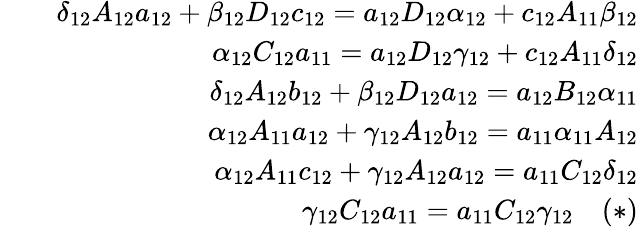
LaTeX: \begin{array}{rlr}&{}&{\delta_{12}A_{12}a_{12}+\beta_{12}D_{12}c_{12}=a_{12}D_{12}\alpha_{12}+c_{12}A_{11}\beta_{12}}\\ &{}&{\alpha_{12}C_{12}a_{11}=a_{12}D_{12}\gamma_{12}+c_{12}A_{11}\delta_{12}}\\ &{}&{\delta_{12}A_{12}b_{12}+\beta_{12}D_{12}a_{12}=a_{12}B_{12}\alpha_{11}}\\ &{}&{\alpha_{12}A_{11}a_{12}+\gamma_{12}A_{12}b_{12}=a_{11}\alpha_{11}A_{12}}\\ &{}&{\alpha_{12}A_{11}c_{12}+\gamma_{12}A_{12}a_{12}=a_{11}C_{12}\delta_{12}}\\ &{}&{\gamma_{12}C_{12}a_{11}=a_{11}C_{12}\gamma_{12}\quad(*)}\end{array}